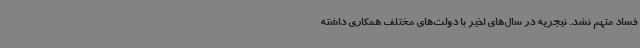
فساد متهم نشد. نیجریه در سال‌های اخیر با دولت‌های مختلف همکاری داشته